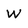
Character: W